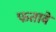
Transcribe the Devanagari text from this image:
फतावे